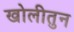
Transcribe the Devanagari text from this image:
खोलीतुन